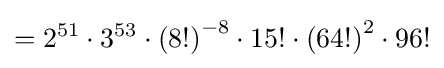
=2^{51}\cdot 3^{53}\cdot {(8!)}^{-8}\cdot 15!\cdot {(64!)}^{2}\cdot 96!